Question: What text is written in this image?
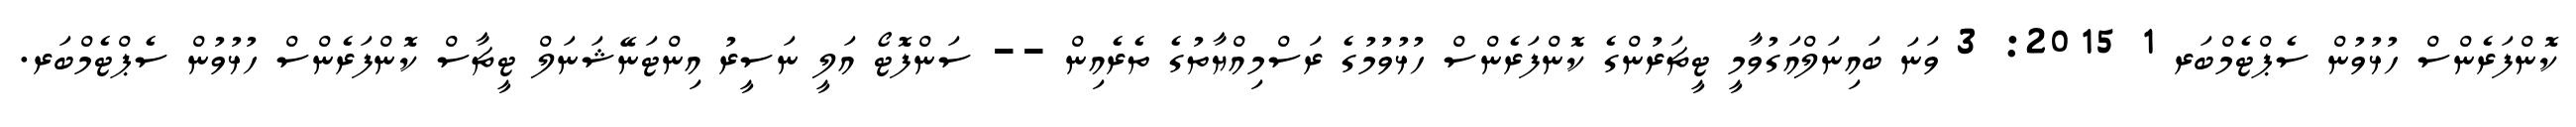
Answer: ކޮންފަރެންސް ހުޅުވުން ސެޕްޓެމްބަރ 1 2015: 3 ވަނަ ބައިނަލްއަގުވާމީ ޓީޗަރުންގެ ކޮންފަރެންސް ހުޅުވުމުގެ ރަސްމިއްޔާތުގެ ތެރެއިން -- ސަންފޮޓޯ އަލީ ނަސީރު އިންޓަނޭޝަނަލް ޓީޗާސް ކޮންފަރެންސް ހުޅުވުން ސެޕްޓެމްބަރ.